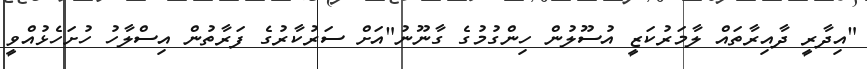
"އިދާރީ ދާއިރާތައް ލާމަރުކަޒީ އުސޫލުން ހިންގުމުގެ ގާނޫނު"އަށް ސަރުކާރުގެ ފަރާތުން އިސްލާހު ހުށަހެޅުއްވީ